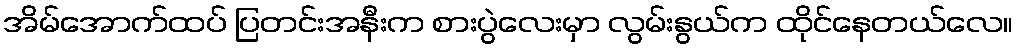
အိမ်အောက်ထပ် ပြတင်းအနီးက စားပွဲလေးမှာ လွမ်းနွယ်က ထိုင်နေတယ်လေ။